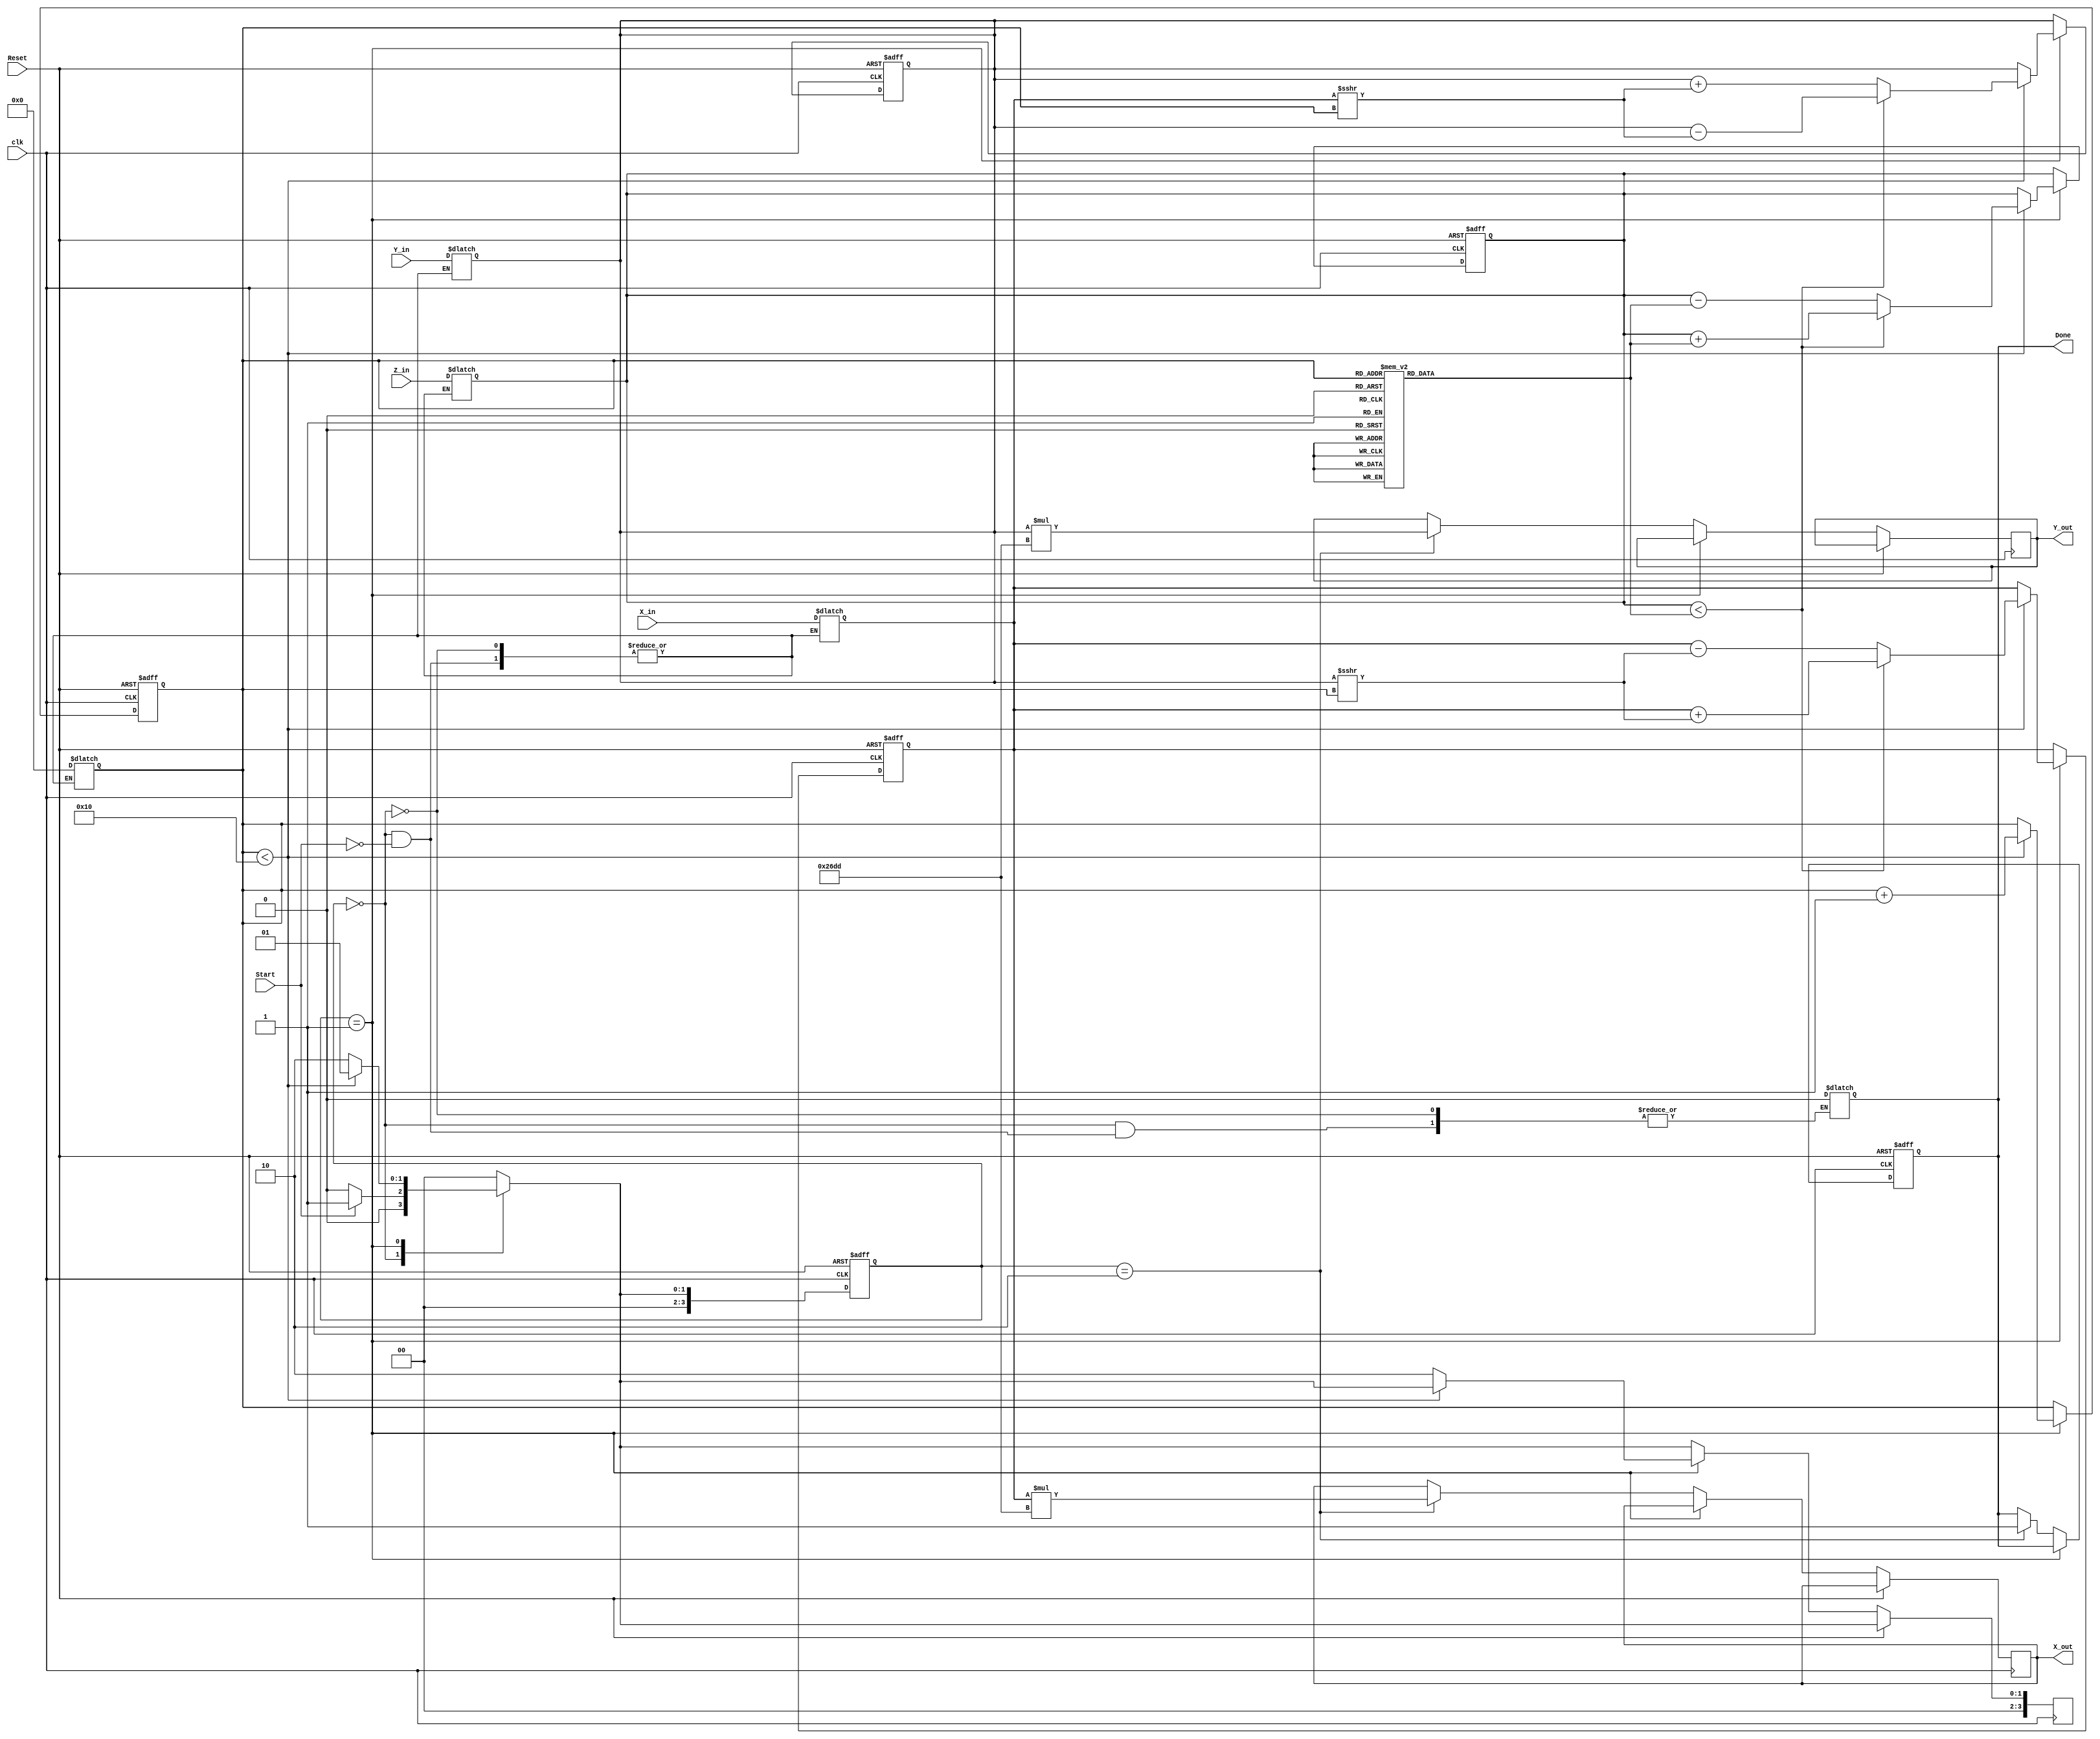
module complex_cordic #(
    parameter N = 16, // Number of iterations
    parameter WIDTH = 16 // Bit width for the fixed-point representation
)(
    input wire signed [WIDTH-1:0] X_in, // Input real component
    input wire signed [WIDTH-1:0] Y_in, // Input imaginary component
    input wire signed [WIDTH-1:0] Z_in, // Input phase angle
    input wire Start, // Control signal to start computation
    input wire Reset, // Asynchronous reset
    input wire clk, // Clock
    output reg signed [WIDTH-1:0] X_out, // Output real component
    output reg signed [WIDTH-1:0] Y_out, // Output imaginary component
    output reg Done // Computation done signal
);
    
    // Internal signals
    reg signed [WIDTH-1:0] X, Y, Z;
    reg [3:0] state, next_state;
    reg [3:0] iter_count;
    
    // CORDIC angle lookup table (fixed-point representation)
    reg signed [WIDTH-1:0] angle_table [0:N-1];
    
    // Scaling factor (typically 1/K for CORDIC)
    localparam scaling_factor = 16'h26DD; // Example value (K = 1.64676 -> 0.607253)
    
    // FSM States
    localparam INIT = 0, COMPUTE = 1, DONE_STATE = 2;

    // Initialize the angle table with arctan values
    initial begin
        angle_table[0] = 16'h0000; // arctan(2^0)
        angle_table[1] = 16'h3F12; // arctan(2^-1)
        angle_table[2] = 16'h3E24; // arctan(2^-2)
        angle_table[3] = 16'h3D36; // arctan(2^-3)
        // Continue filling the angle_table based on arctan values
        // This is just an example; fill in more values as needed
    end
    
    // State transition and output logic
    always @(posedge clk or posedge Reset) begin
        if (Reset) begin
            state <= INIT;
            Done <= 1'b0;
            X <= 0;
            Y <= 0;
            Z <= 0;
            iter_count <= 0;
        end else begin
            state <= next_state;
            // Update X, Y, Z on each state
            if (state == COMPUTE) begin
                if (iter_count < N) begin
                    if (Z < angle_table[iter_count]) begin
                        // Apply clockwise rotation
                        X <= X + (Y >>> iter_count);
                        Y <= Y - (X >>> iter_count);
                        Z <= Z + angle_table[iter_count];
                    end else begin
                        // Apply counter-clockwise rotation
                        X <= X - (Y >>> iter_count);
                        Y <= Y + (X >>> iter_count);
                        Z <= Z - angle_table[iter_count];
                    end
                    iter_count <= iter_count + 1;
                end else begin
                    next_state <= DONE_STATE;
                end
            end else if (state == DONE_STATE) begin
                X_out <= X * scaling_factor; // Apply scaling
                Y_out <= Y * scaling_factor; // Apply scaling
                Done <= 1'b1;
            end
        end
    end
    
    // Next state logic
    always @(*) begin
        case (state)
            INIT: begin
                if (Start) begin
                    X <= X_in;
                    Y <= Y_in;
                    Z <= Z_in;
                    iter_count <= 0;
                    next_state = COMPUTE;
                    Done = 1'b0;
                end else begin
                    next_state = INIT;
                end
            end
            COMPUTE: begin
                if (iter_count < N) begin
                    next_state = COMPUTE;
                end else begin
                    next_state = DONE_STATE;
                end
            end
            DONE_STATE: begin
                next_state = INIT; // Go back to INIT for the next computation
            end
            default: next_state = INIT;
        endcase
    end

endmodule